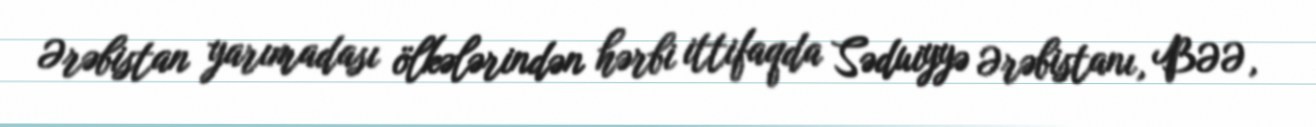
Ərəbistan yarımadası ölkələrindən hərbi ittifaqda Səduiyyə Ərəbistanı, BƏƏ,